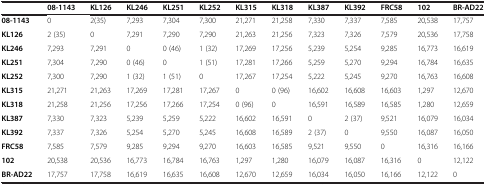
<table><thead><tr><td></td><td><b>08-1143</b></td><td><b>KL126</b></td><td><b>KL246</b></td><td><b>KL251</b></td><td><b>KL252</b></td><td><b>KL315</b></td><td><b>KL318</b></td><td><b>KL387</b></td><td><b>KL392</b></td><td><b>FRC58</b></td><td><b>102</b></td><td><b>BR-AD22</b></td></tr></thead><tbody><tr><td><b>08-1143</b></td><td>0</td><td>2(35)</td><td>7,293</td><td>7,304</td><td>7,300</td><td>21,271</td><td>21,258</td><td>7,330</td><td>7,337</td><td>7,585</td><td>20,538</td><td>17,757</td></tr><tr><td><b>KL126</b></td><td>2 (35)</td><td>0</td><td>7,291</td><td>7,290</td><td>7,290</td><td>21,263</td><td>21,256</td><td>7,323</td><td>7,326</td><td>7,579</td><td>20,536</td><td>17,758</td></tr><tr><td><b>KL246</b></td><td>7,293</td><td>7,291</td><td>0</td><td>0 (46)</td><td>1 (32)</td><td>17,269</td><td>17,256</td><td>5,239</td><td>5,254</td><td>9,285</td><td>16,773</td><td>16,619</td></tr><tr><td><b>KL251</b></td><td>7,304</td><td>7,290</td><td>0 (46)</td><td>0</td><td>1 (51)</td><td>17,281</td><td>17,266</td><td>5,259</td><td>5,270</td><td>9,294</td><td>16,784</td><td>16,635</td></tr><tr><td><b>KL252</b></td><td>7,300</td><td>7,290</td><td>1 (32)</td><td>1 (51)</td><td>0</td><td>17,267</td><td>17,254</td><td>5,222</td><td>5,245</td><td>9,270</td><td>16,763</td><td>16,608</td></tr><tr><td><b>KL315</b></td><td>21,271</td><td>21,263</td><td>17,269</td><td>17,281</td><td>17,267</td><td>0</td><td>0 (96)</td><td>16,602</td><td>16,608</td><td>16,603</td><td>1,297</td><td>12,670</td></tr><tr><td><b>KL318</b></td><td>21,258</td><td>21,256</td><td>17,256</td><td>17,266</td><td>17,254</td><td>0 (96)</td><td>0</td><td>16,591</td><td>16,589</td><td>16,585</td><td>1,280</td><td>12,659</td></tr><tr><td><b>KL387</b></td><td>7,330</td><td>7,323</td><td>5,239</td><td>5,259</td><td>5,222</td><td>16,602</td><td>16,591</td><td>0</td><td>2 (37)</td><td>9,521</td><td>16,079</td><td>16,034</td></tr><tr><td><b>KL392</b></td><td>7,337</td><td>7,326</td><td>5,254</td><td>5,270</td><td>5,245</td><td>16,608</td><td>16,589</td><td>2 (37)</td><td>0</td><td>9,550</td><td>16,087</td><td>16,050</td></tr><tr><td><b>FRC58</b></td><td>7,585</td><td>7,579</td><td>9,285</td><td>9,294</td><td>9,270</td><td>16,603</td><td>16,585</td><td>9,521</td><td>9,550</td><td>0</td><td>16,316</td><td>16,166</td></tr><tr><td><b>102</b></td><td>20,538</td><td>20,536</td><td>16,773</td><td>16,784</td><td>16,763</td><td>1,297</td><td>1,280</td><td>16,079</td><td>16,087</td><td>16,316</td><td>0</td><td>12,122</td></tr><tr><td><b>BR-AD22</b></td><td>17,757</td><td>17,758</td><td>16,619</td><td>16,635</td><td>16,608</td><td>12,670</td><td>12,659</td><td>16,034</td><td>16,050</td><td>16,166</td><td>12,122</td><td>0</td></tr></tbody></table>